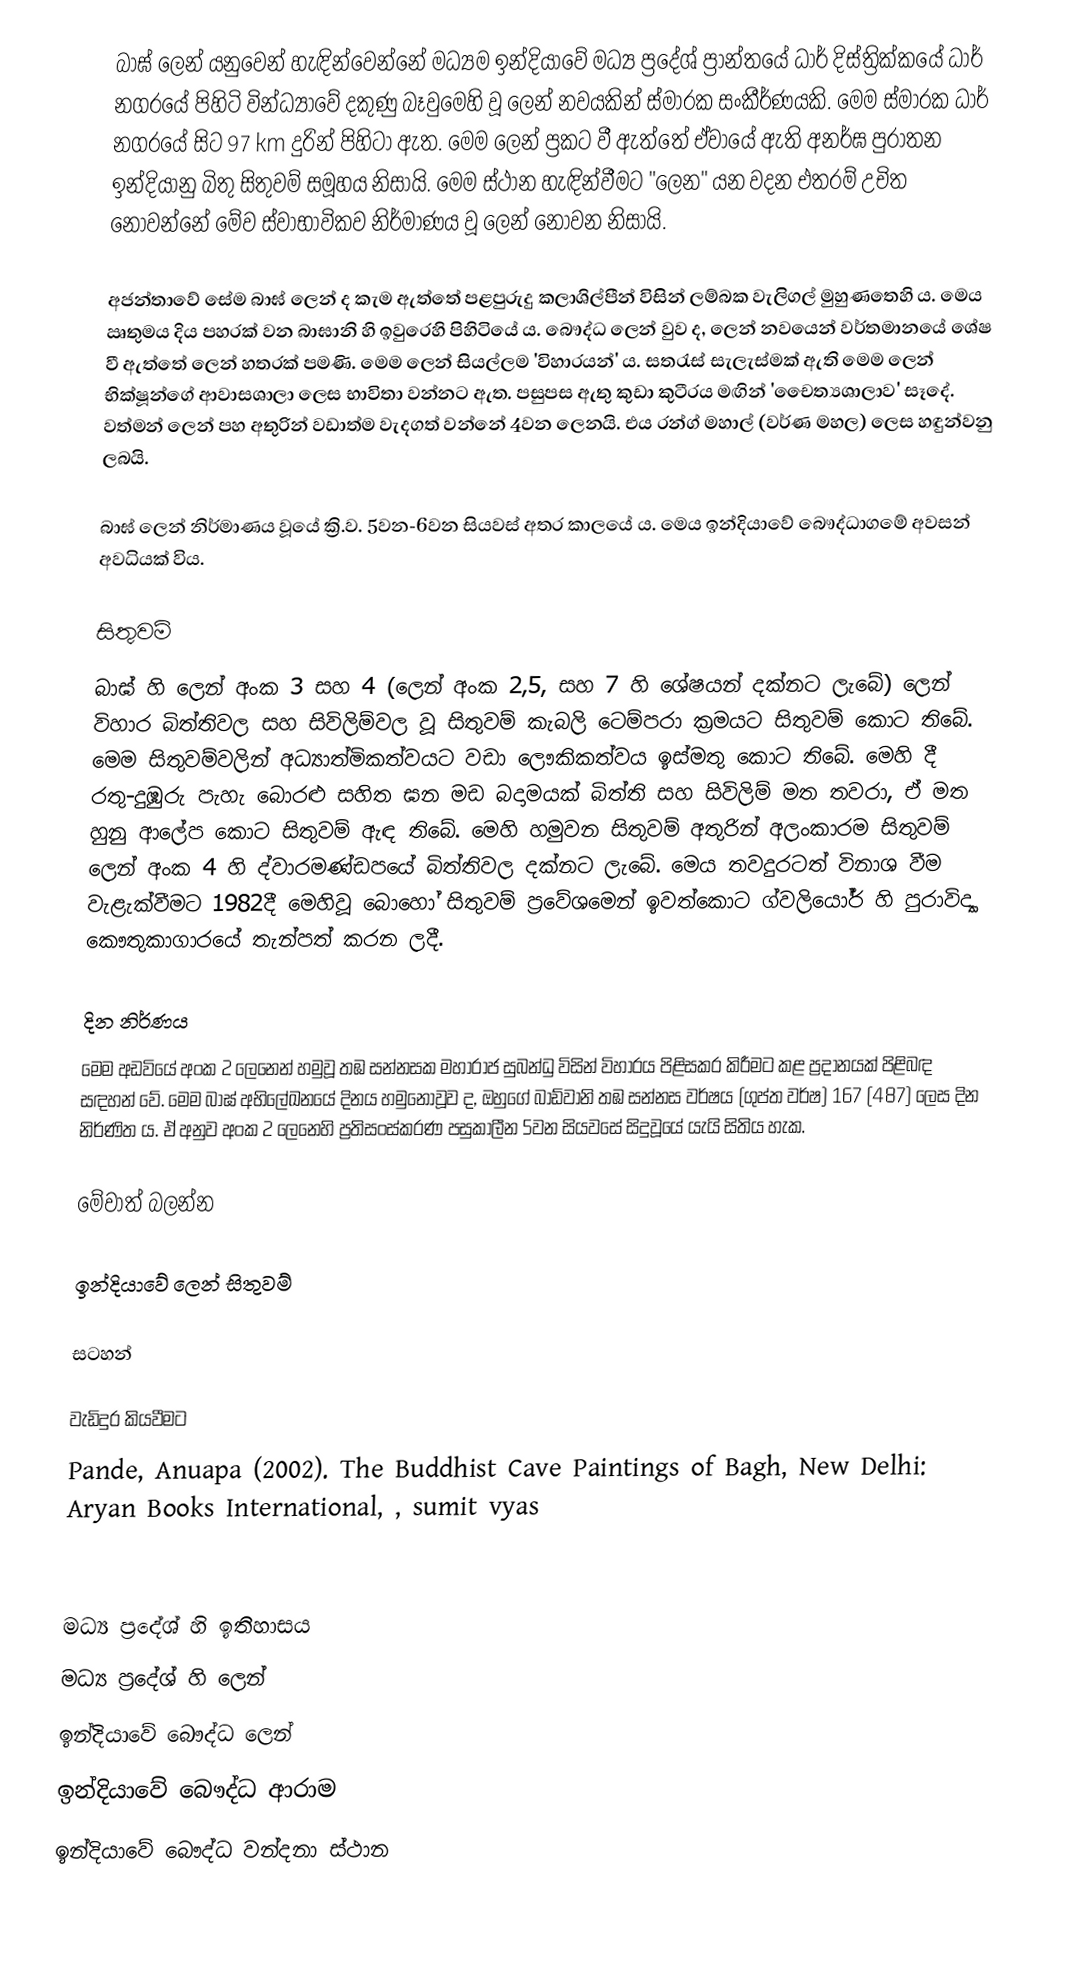
බාඝ් ලෙන් ‍යනුවෙන් හැඳින්වෙන්නේ මධ්‍යම ඉන්දියාවේ මධ්‍ය ප්‍රදේශ් ප්‍රාන්තයේ ධාර් දිස්ත්‍රික්කයේ ධාර් නගරයේ පිහිටි වින්ධ්‍යාවේ දකුණු බෑවුමෙහි වූ ලෙන් නවයකින් ස්මාරක සංකීර්ණයකි. මෙම ස්මාරක ධාර් නගරයේ සිට 97 km දුරින් පිහිටා ඇත. මෙම ලෙන් ප්‍රකට වී ඇත්තේ ඒවායේ ඇති අනර්ඝ පුරාතන ඉන්දියානු බිතු සිතුවම් සමූහය නිසායි. මෙම ස්ථාන හැඳින්වීමට "ලෙන" යන වදන එතරම් උචිත නොවන්නේ මේව ස්වාභාවිකව නිර්මාණය වූ ලෙන් නොවන නිසායි.

අජන්තාවේ සේම බාඝ් ලෙන් ද කැම ඇත්තේ පළපුරුදු කලාශිල්පීන් විසින් ලම්බක වැලිගල් මුහුණතෙහි ය. මෙය ඍතුමය දිය පහරක් වන බාඝානි හි ඉවුරෙහි පිහිටියේ ය. බෞද්ධ ලෙන් වුව ද, ලෙන් නවයෙන් වර්තමානයේ ශේෂ වී ඇත්තේ ලෙන් හතරක් පමණි. මෙම ලෙන් සියල්ලම 'විහාරයන්' ‍ය. සතරැස් සැලැස්මක් ඇති මෙම ලෙන් භික්ෂූන්ගේ ආවාසශාලා ලෙස භාවිතා වන්නට ඇත. පසුපස ඇතු කුඩා කුටීරය මඟින් 'චෛත්‍යශාලාව' සෑදේ. වත්මන් ලෙන් පහ අතුරින් වඩාත්ම වැදගත් වන්නේ 4වන ලෙනයි. එය රන්ග් මහාල් (වර්ණ මහල) ලෙස හඳුන්වනු ලබයි.

බාඝ් ලෙන් නිර්මාණය වූයේ ක්‍රි.ව. 5වන-6වන සියවස් අතර කාලයේ ය. මෙය ඉන්දියාවේ බෞද්ධාගමේ අවසන් අවධියක් විය.

සිතුවම්
බාඝ් හි ලෙන් අංක 3 සහ 4 (ලෙන් අංක 2,5, සහ 7 හි ශේෂයන් දක්නට ලැබේ) ලෙන් විහාර බිත්තිවල සහ සිවිලිම්වල වූ සිතුවම් කැබලි  ටෙම්පරා ක්‍රමයට සිතුවම් කොට තිබේ. මෙම සිතුවම්වලින් අධ්‍යාත්මිකත්වයට වඩා ලෞකිකත්වය ඉස්මතු කොට තිබේ. මෙහි දී රතු-දුඹුරු පැහැ බොරළු සහිත  ඝන මඩ බදාමයක් බිත්ති සහ සිවිලිම් මත තවරා,  ඒ මත හුනු ආලේප කොට සිතුවම් ඇඳ තිබේ. මෙහි හමුවන සිතුවම් අතුරින් අලංකාරම සිතුවම් ලෙන් අංක 4 හි ද්වාරමණ්ඩපයේ බිත්තිවල දක්නට ලැබේ. මෙය තවදුරටත් විනාශ වීම වැළැක්වීමට 1982දී මෙහිවූ බොහෝ සිතුවම් ප්‍රවේශමෙන් ඉවත්කොට ග්වලියෝර් හි පුරාවිද්‍යා කෞතුකාගාරයේ තැන්පත් කරන ලදී.

දින නිර්ණය
මෙම අඩවියේ අංක 2 ලෙනෙන් හමුවූ තඹ සන්නසක මහාරාජ සුබන්ධු විසින් විහාරය පිළිසකර කිරීමට කළ ප්‍රදානයක් පිළිබඳ සඳහන් වේ. මෙම බාඝ් අභිලේඛනයේ දිනය හමුනොවූව ද, ඔහුගේ බාඩ්වානි තඹ සන්නස වර්ෂය (ගුප්ත වර්ෂ) 167 (487) ලෙස දින නිර්ණිත ය. ඒ අනුව අංක 2 ලෙනෙහි ප්‍රතිසංස්කරණ පසුකාලීන 5වන සියවසේ සිදුවූයේ යැයි සිතිය හැක.

මේවාත් බලන්න

 ඉන්දියාවේ ලෙන් සිතුවම්

සටහන්

වැඩිදුර කියවීමට
 Pande, Anuapa (2002). The Buddhist Cave Paintings of Bagh, New Delhi: Aryan Books International, , sumit vyas

මධ්‍ය ප්‍රදේශ් හි ඉතිහාසය
මධ්‍ය ප්‍රදේශ් හි ලෙන්
ඉන්දියාවේ බෞද්ධ ලෙන්
ඉන්දියාවේ බෞද්ධ ආරාම
ඉන්දියාවේ බෞද්ධ වන්දනා ස්ථාන